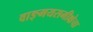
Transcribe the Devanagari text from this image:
वाङ्‌मयसमीक्षेचा